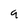
Character: 9